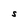
Character: S